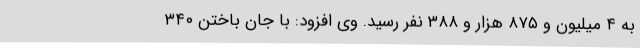
به ۴ میلیون و ۸۷۵ هزار و ۳۸۸ نفر رسید. وی افزود: با جان باختن ۳۴۰